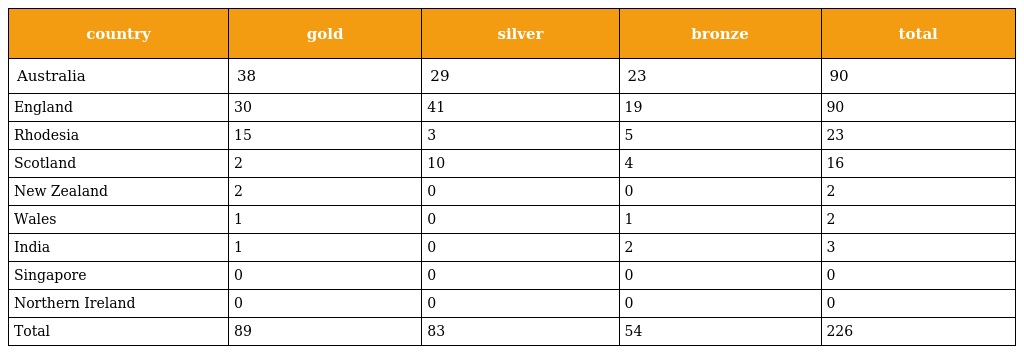
| country | gold | silver | bronze | total |
 | --- | --- | --- | --- | --- |
 | Australia | 38 | 29 | 23 | 90 |
 | England | 30 | 41 | 19 | 90 |
 | Rhodesia | 15 | 3 | 5 | 23 |
 | Scotland | 2 | 10 | 4 | 16 |
 | New Zealand | 2 | 0 | 0 | 2 |
 | Wales | 1 | 0 | 1 | 2 |
 | India | 1 | 0 | 2 | 3 |
 | Singapore | 0 | 0 | 0 | 0 |
 | Northern Ireland | 0 | 0 | 0 | 0 |
 | Total | 89 | 83 | 54 | 226 |